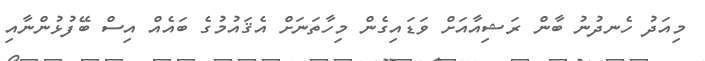
މިއަދު ހެނދުނު ބާން ރަޝިއާއަށް ވަޑައިގެން މިހާތަނަށް އެޤައުމުގެ ބައެއް އިސް ބޭފުޅުންނާއި